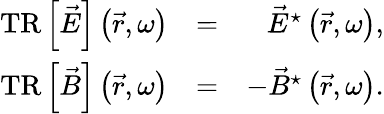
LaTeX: \begin{array}{rlr}{\mathrm{TR}\left\lbrack\vec{E}\right\rbrack\left(\vec{r},\omega\right)}&{=}&{\vec{E}^{\star}\left(\vec{r},\omega\right),}\\ {\mathrm{TR}\left\lbrack\vec{B}\right\rbrack\left(\vec{r},\omega\right)}&{=}&{-\vec{B}^{\star}\left(\vec{r},\omega\right).}\end{array}